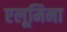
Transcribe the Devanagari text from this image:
एलूमिना